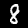
Digit: 8